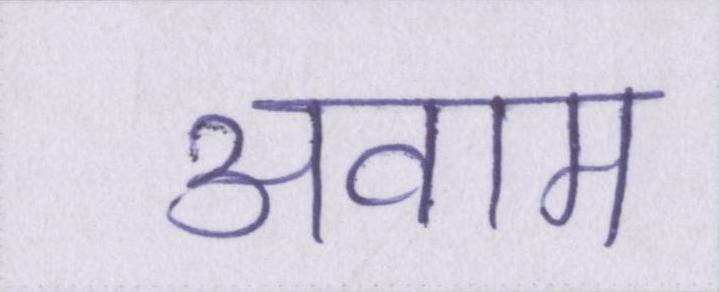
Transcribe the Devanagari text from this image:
अवाम